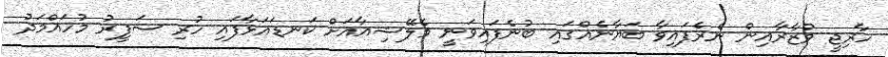
ހާރިޖީ ވުޒާރާއިން ނެރެފައިވާ ބަޔާނެއްގައި ބުނެފައިވަނީ މެލޭޝިއާއަށް ކަނޑައަޅާފައި ހުރި ސަފީރު މުހައްމަދު